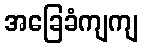
အခြေခံကျကျ